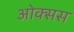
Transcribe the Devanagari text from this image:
ओक्सस